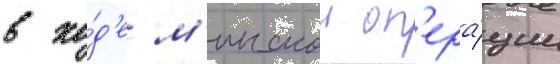
в хо́д'е м'инскои оп'ера́ции